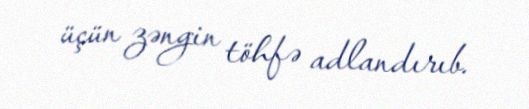
üçün zəngin töhfə adlandırıb.